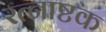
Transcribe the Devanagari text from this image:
रत्नाष्टक